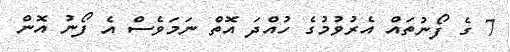
7 ގެ ފޯނުތައް އެރުވުމުގެ ހުއްދަ އޮތް ނަމަވެސް އެ ފޯނު އޮން